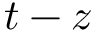
t - z